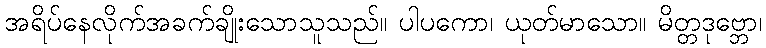
အရိပ်နေလိုက်အခက်ချိုးသောသူသည်။ ပါပကော၊ ယုတ်မာသော။ မိတ္တဒုဗ္ဘော၊